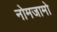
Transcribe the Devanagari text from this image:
नोमजामो